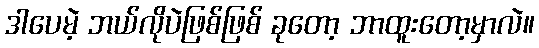
ဒါပေမဲ့ ဘယ်လိုပဲဖြစ်ဖြစ် ခုတော့ ဘာထူးတော့မှာလဲ။